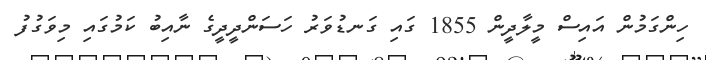
ހިންގަމުން އައިސް މީލާދީން 1855 ގައި ގަނޑުވަރު ހަސަންދީދީގެ ނާއިބު ކަމުގައި މިވަގުފު